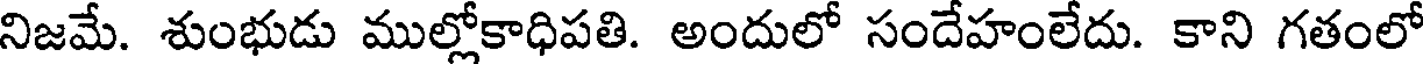
నిజమే. శుంభుడు ముల్లోకాధిపతి. అందులో సందేహంలేదు. కాని గతంలో